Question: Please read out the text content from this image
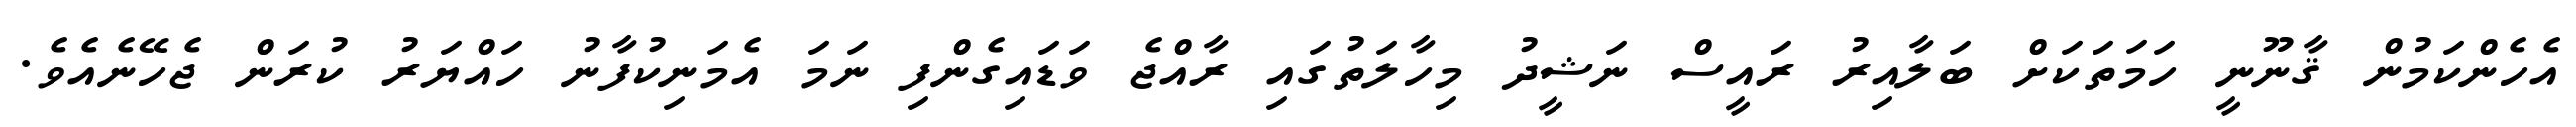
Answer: އެހެންކަމުން ޤާނޫނީ ހަމަތަކަށް ބަލާއިރު ރައީސް ނަޝީދު މިހާލަތުގައި ރާއްޖެ ވަޑައިގެންފި ނަމަ އެމަނިކުފާނު ހައްޔަރު ކުރަން ޖެހޭނެއެވެ.